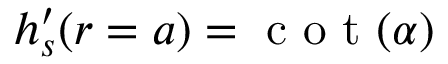
h _ { s } ^ { \prime } ( r = a ) = \textrm { c o t } ( \alpha )